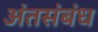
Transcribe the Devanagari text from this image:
अंतसंबंध